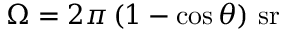
\Omega = 2 \pi \left( 1 - \cos \theta \right) \, { \mathrm { s r } }